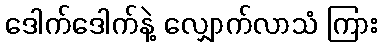
ဒေါက်ဒေါက်နဲ့ လျှောက်လာသံ ကြား